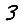
Digit: 3